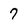
Character: 7